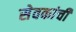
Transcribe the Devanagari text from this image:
सेवकांची